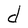
Character: d